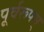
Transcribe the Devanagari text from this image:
पूर्वरूपम्